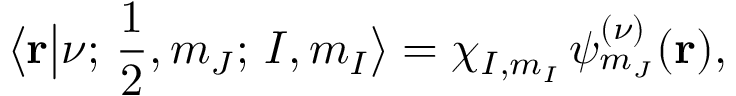
\big \langle \mathbf { r } \big | \nu ; \, \frac { 1 } { 2 } , m _ { J } ; \, I , m _ { I } \big \rangle = \chi _ { I , m _ { I } } \, \psi _ { m _ { J } } ^ { ( \nu ) } ( \mathbf { r } ) ,